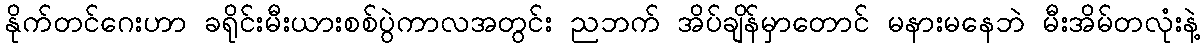
နိုက်တင်ဂေးဟာ ခရိုင်းမီးယားစစ်ပွဲကာလအတွင်း ညဘက် အိပ်ချိန်မှာတောင် မနားမနေဘဲ မီးအိမ်တလုံးနဲ့